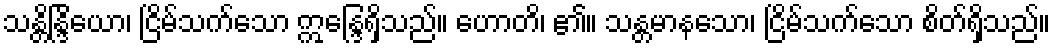
သန္တိန္ဒြိယော၊ ငြိမ်သက်သော ဣန္ဒြေရှိသည်။ ဟောတိ၊ ၏။ သန္တမာနသော၊ ငြိမ်သက်သော စိတ်ရှိသည်။